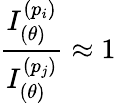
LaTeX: \frac{I_{(\theta)}^{(p_{i})}}{I_{(\theta)}^{(p_{j})}}\approx 1